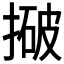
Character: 𰔓